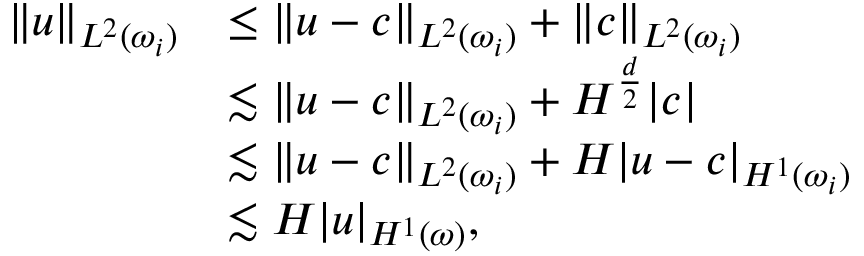
\begin{array} { r l } { \| u \| _ { L ^ { 2 } ( \omega _ { i } ) } } & { \leq \| u - c \| _ { L ^ { 2 } ( \omega _ { i } ) } + \| c \| _ { L ^ { 2 } ( \omega _ { i } ) } } \\ & { \lesssim \| u - c \| _ { L ^ { 2 } ( \omega _ { i } ) } + H ^ { \frac { d } { 2 } } | c | } \\ & { \lesssim \| u - c \| _ { L ^ { 2 } ( \omega _ { i } ) } + H | u - c | _ { H ^ { 1 } ( \omega _ { i } ) } } \\ & { \lesssim H | u | _ { H ^ { 1 } ( \omega ) } , } \end{array}